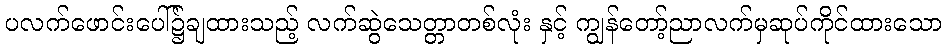
ပလက်ဖောင်းပေါ်၌ချထားသည့် လက်ဆွဲသေတ္တာတစ်လုံး နှင့် ကျွန်တော့်ညာလက်မှဆုပ်ကိုင်ထားသော